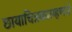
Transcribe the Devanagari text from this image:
छायाचित्रकारम्हणजे